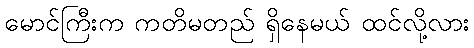
မောင်ကြီးက ကတိမတည် ရှိနေမယ် ထင်လို့လား